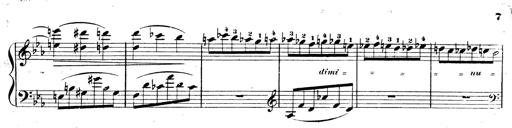
Title: 3 Caprices-Valses
Composer: Franz Liszt